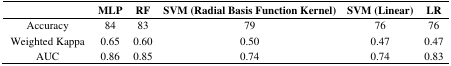
<table><thead><tr><td></td><td><b>MLP</b></td><td><b>RF</b></td><td><b>SVM (Radial Basis Function Kernel)</b></td><td><b>SVM (Linear)</b></td><td><b>LR</b></td></tr></thead><tbody><tr><td>Accuracy</td><td>84</td><td>83</td><td>79</td><td>76</td><td>76</td></tr><tr><td>Weighted Kappa</td><td>0.65</td><td>0.60</td><td>0.50</td><td>0.47</td><td>0.47</td></tr><tr><td>AUC</td><td>0.86</td><td>0.85</td><td>0.74</td><td>0.74</td><td>0.83</td></tr></tbody></table>